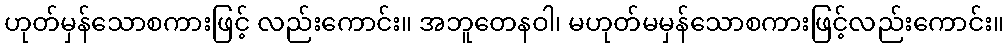
ဟုတ်မှန်သောစကားဖြင့် လည်းကောင်း။ အဘူတေနဝါ၊ မဟုတ်မမှန်သောစကားဖြင့်လည်းကောင်း။